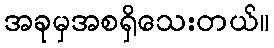
အခုမှအစရှိသေးတယ်။